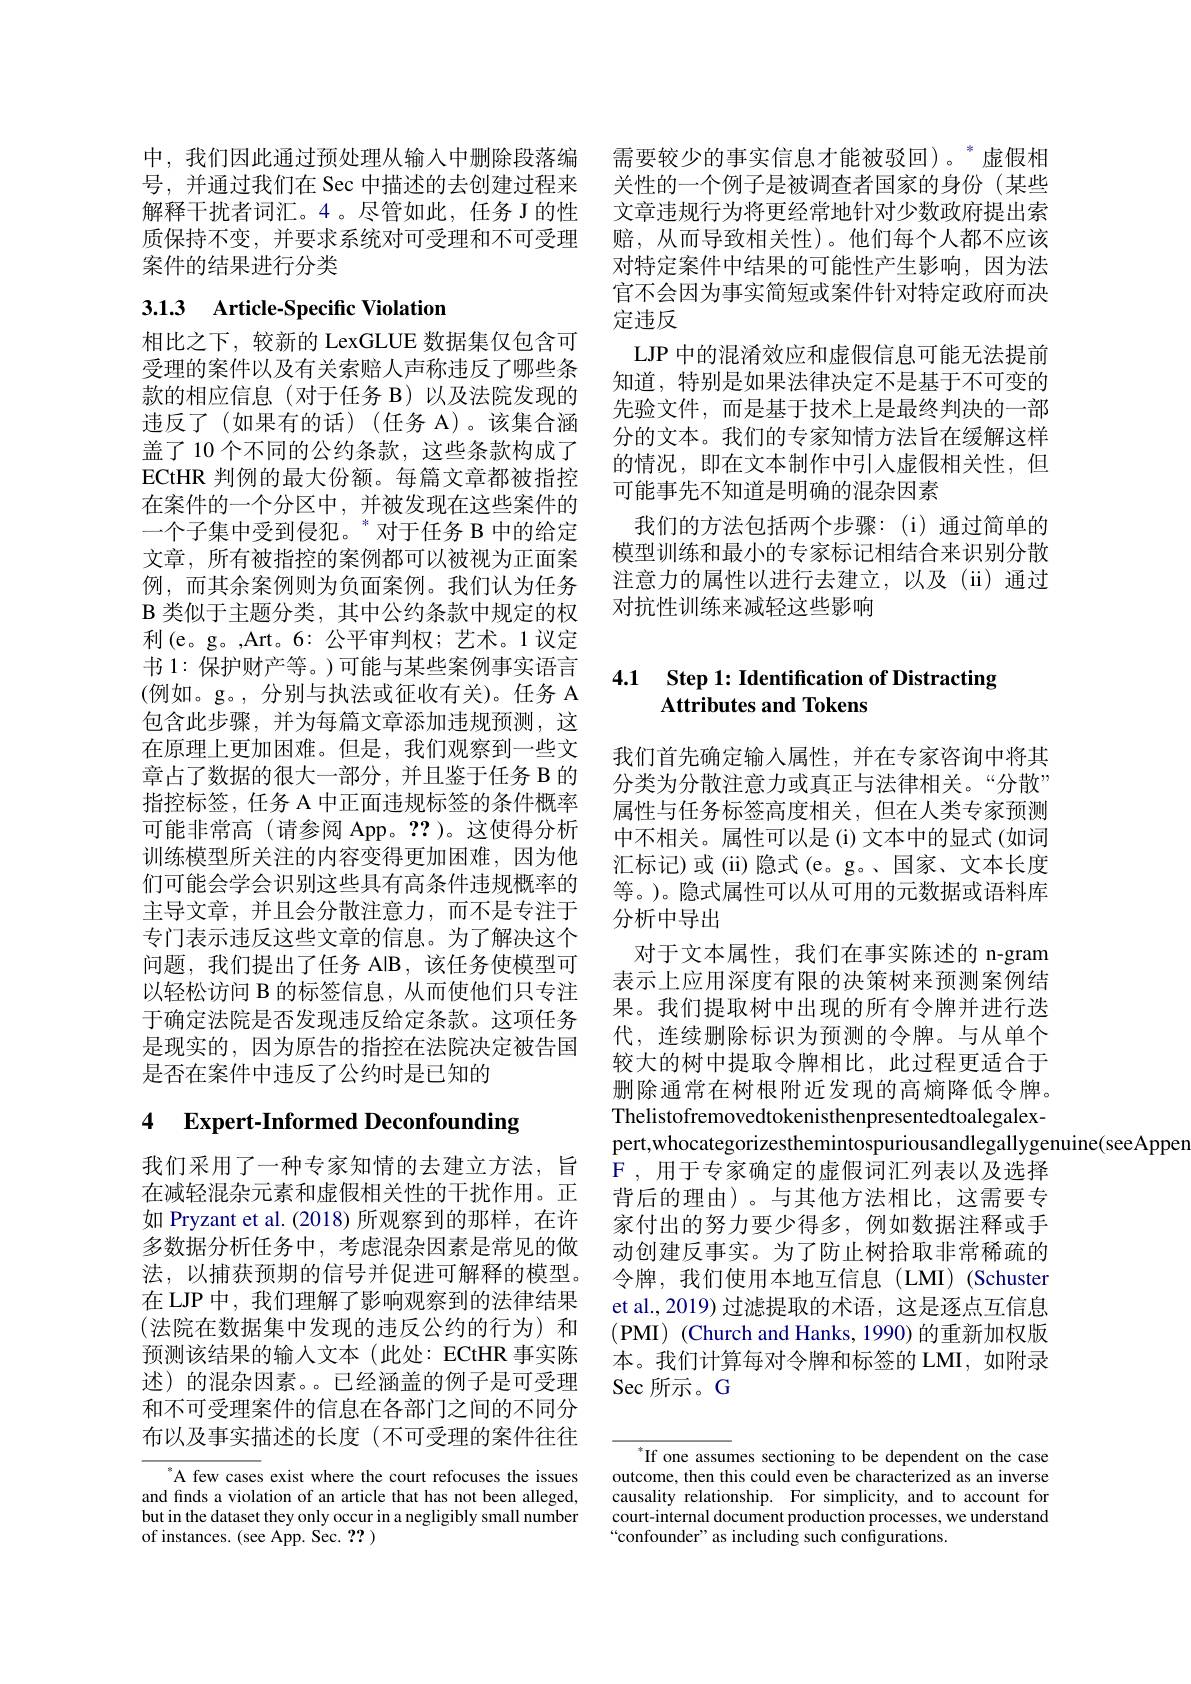
中，我们因此通过预处理从输入中删除段落编 需要较少的事实信息才能被驳回)。虚假相号，并通过我们在 Sec 中描述的去创建过程来 关性的一个例子是被调查者国家的身份 (某些解释干扰者词汇。4 。尽管如此，任务 J 的性 文章违规行为将更经常地针对少数政府提出索质保持不变，并要求系统对可受理和不可受理
案件的结果进行分类

# 3.1.3 Article-Specific Violation

相比之下，较新的 LexGLUE 数据集仅包含可受理的案件以及有关索赔人声称违反了哪些条款的相应信息(对于任务 B)以及法院发现的违反了(如果有的话)(任务 A)。该集合涵盖了 10 个不同的公约条款，这些条款构成了ECtHR 判例的最大份额。每篇文章都被指控在案件的一个分区中，并被发现在这些案件的一个子集中受到侵犯。$^*$对于任务 B 中的给定文章，所有被指控的案例都可以被视为正面案例，而其余案例则为负面案例。我们认为任务B类似于主题分类，其中公约条款中规定的权利(e。g。,Art。6:公平审判权；艺术。1议定书 1: 保护财产等。)可能与某些案例事实语言(例如。g。,分别与执法或征收有关)。任务 A 包含此步骤，并为每篇文章添加违规预测，这在原理上更加困难。但是，我们观察到一些文章占了数据的很大一部分，并且鉴于任务 B 的指控标签，任务 A 中正面违规标签的条件概率可能非常高(请参阅 App。??)。这使得分析训练模型所关注的内容变得更加困难，因为他们可能会学会识别这些具有高条件违规概率的主导文章，并且会分散注意力，而不是专注于专门表示违反这些文章的信息。为了解决这个问题，我们提出了任务 AIB,该任务使模型可以轻松访问 B 的标签信息，从而使他们只专注于确定法院是否发现违反给定条款。这项任务是现实的，因为原告的指控在法院决定被告国是否在案件中违反了公约时是已知的

# 4 Expert-Informed Deconfounding

我们采用了一种专家知情的去建立方法，旨在减轻混杂元素和虚假相关性的干扰作用。正如 Pryzant et al. (2018) 所观察到的那样，在许多数据分析任务中，考虑混杂因素是常见的做法，以捕获预期的信号并促进可解释的模型。在 LJP 中，我们理解了影响观察到的法律结果(法院在数据集中发现的违反公约的行为)和预测该结果的输入文本(此处：ECtHR 事实陈述) 的混杂因素。已经涵盖的例子是可受理和不可受理案件的信息在各部门之间的不同分布以及事实描述的长度(不可受理的案件往往

A few cases exist where the court refocuses the issues and finds a violation of an article that has not been alleged, but in the dataset they only occur in a negligibly small number of instances. (see App. Sec. ??)

赔，从而导致相关性)。他们每个人都不应该对特定案件中结果的可能性产生影响，因为法官不会因为事实简短或案件针对特定政府而决定违反
LJP 中的混淆效应和虚假信息可能无法提前知道，特别是如果法律决定不是基于不可变的先验文件，而是基于技术上是最终判决的一部分的文本。我们的专家知情方法旨在缓解这样的情况，即在文本制作中引入虚假相关性，但可能事先不知道是明确的混杂因素
我们的方法包括两个步骤：(i)通过简单的模型训练和最小的专家标记相结合来识别分散注意力的属性以进行去建立，以及(ii)通过对抗性训练来减轻这些影响

### 4.1 Step 1: Identification of Distracting Attributes and Tokens

我们首先确定输入属性，并在专家咨询中将其分类为分散注意力或真正与法律相关。“分散” 属性与任务标签高度相关，但在人类专家预测中不相关。属性可以是(i)文本中的显式(如词汇标记)或(ii)隐式(e。g。、国家、文本长度等。)。隐式属性可以从可用的元数据或语料库分析中导出
对于文本属性，我们在事实陈述的 n-gram 表示上应用深度有限的决策树来预测案例结果。我们提取树中出现的所有令牌并进行迭代，连续删除标识为预测的令牌。与从单个较大的树中提取令牌相比，此过程更适合于删除通常在树根附近发现的高熵降低令牌。Thelistofremovedtokenisthenpresentedtoalegalexpert,whocategorizesthemintospuriousandlegallygenuine(seeApper
F, 用于专家确定的虚假词汇列表以及选择背后的理由)。与其他方法相比，这需要专家付出的努力要少得多，例如数据注释或手动创建反事实。为了防止树拾取非常稀疏的令牌，我们使用本地互信息(LMI)(Schuster et al., 2019) 过滤提取的术语，这是逐点互信息(PMI) (Church and Hanks, 1990) 的重新加权版本。我们计算每对令牌和标签的 LMI,如附录Sec 所示。G

$^*$If one assumes sectioning to be dependent on the case outcome, then this could even be characterized as an inverse causality relationship. For simplicity, and to account for court-internal document production processes, we understand “confounder” as including such configurations.